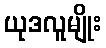
ယုဒလူမျိုး